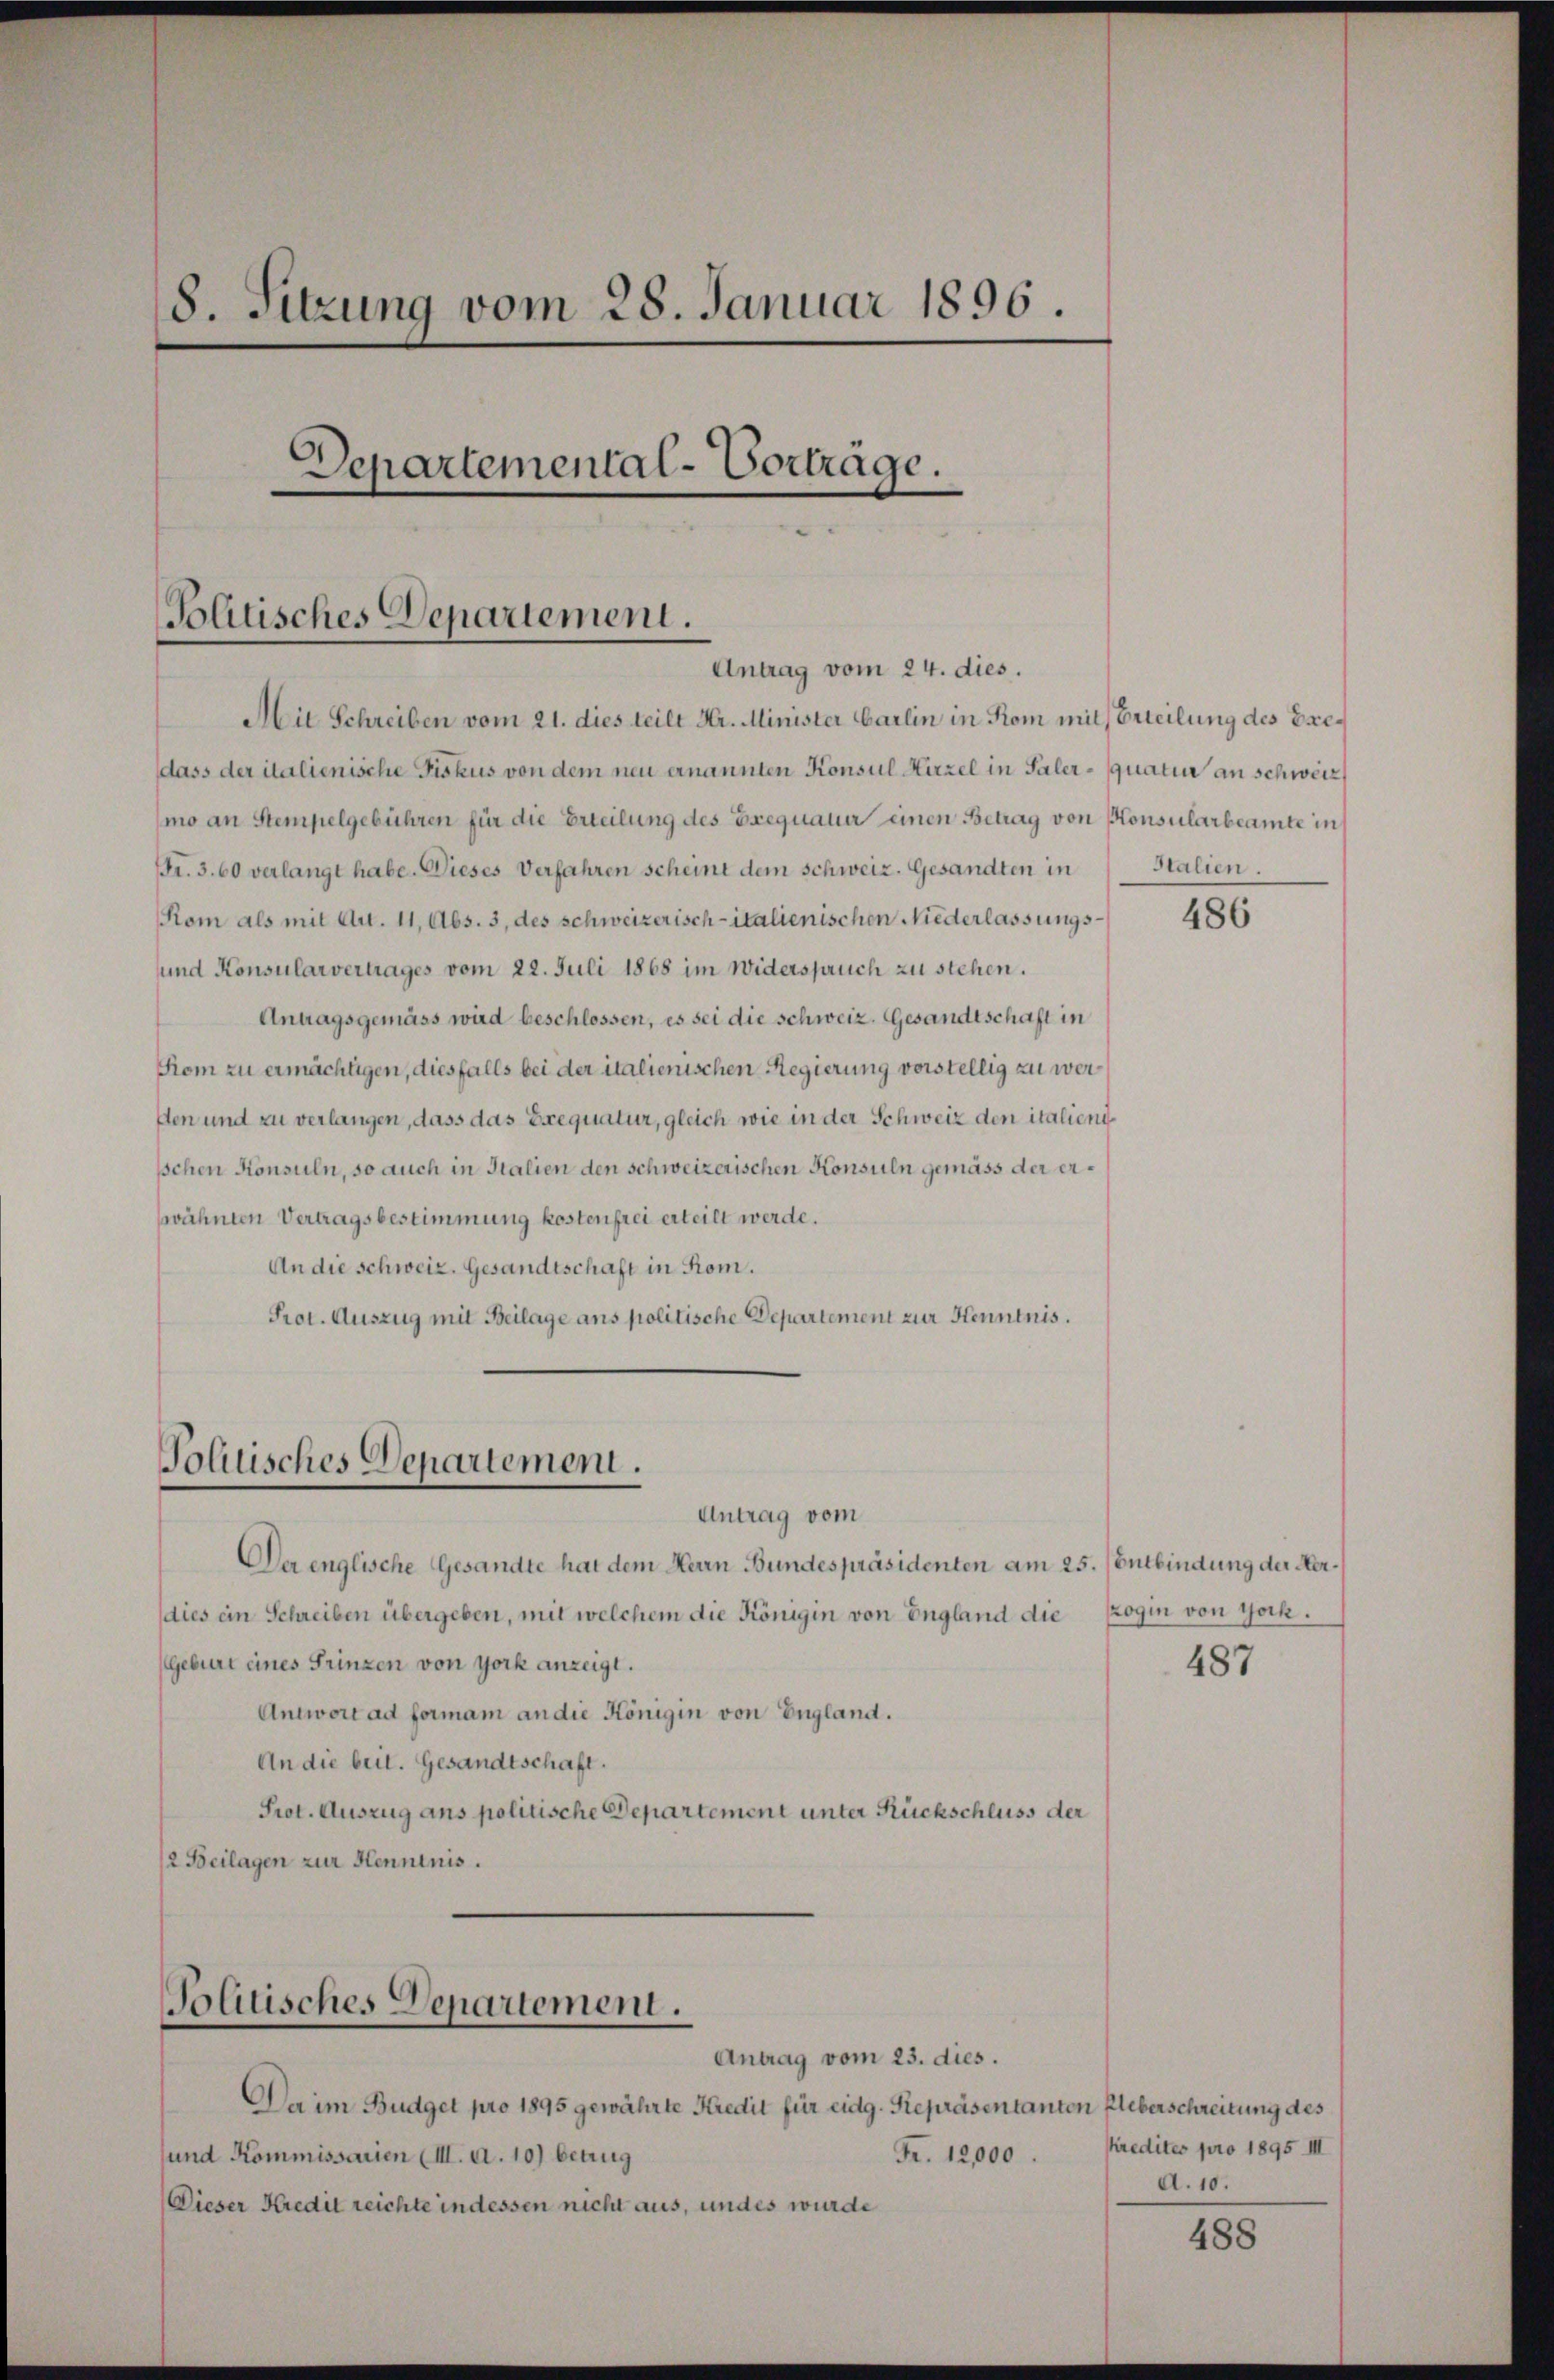
8. Sitzung vom 28. Januar 1896.
Departemental-Vorträge.

Politisches Departement.
Antrag vom 24. dies.

Mit Schreiben vom 21. dies teilt Hr. Minister Carlin in Rom mit Beteilung des Exedass der italienische Fiskus von dem neu ernannten Konsul Hirzel in Paler-quatur an schweiz
mo an Stempelgebühren für die Erteilung des Exequatur einen Betrag von Konsularbeamte in
Fr. 3. 60 verlangt habe. Dieses Verfahren scheint dem Schweiz. Gesandten in Italien.
Kom als mit Art. 11, Abs. 3, des schweizerisch-italienischen Niederlassungssund Konsularvertrages vom 22. Juli 1868 im Widerspruch zu stehen.
Antragsgemäss wird beschlossen, es sei die schweiz. Gesandtschaft in
Kom zu ermächtigen, diesfalls bei der italienischen Regierung vorstellig zu wersten und zu verlangen, dass das Exequatur, gleich wie in der Schweiz den italienipchen Konsuln, so auch in Italien den schweizerischen Konsuln gemäss der erswähnten Vertragsbestimmung kostenfrei erteilt werde.
An die Schweiz. Gesandtschaft in Rom.
Prot. Auszug mit Beilage ans politische Departement zur Henntnis

Politisches Departement.

Politisches Departement.

Antrag vom
Der englische Gesandte hat dem Herrn Bundespräsidenten am 25. (Entbindung der Herdies ein Schreiben übergeben, mit welchem die Königin von England die zogin von Yock.
Geburt eines Prinzen von York anzeigt.
Antwort ad formam an die Königin von England.
An die beit. Gesandtschaft.
Prot. Auszug ans politische Departement unter Rückschluss der
2 Beilagen zur Henninis.

Antrag vom 23. dies.
Da im Budget pro 1895 gewährte Kredit für eidg. Repräsentanten Eleberschreitung des
Fr. 12,000.
und Kommissarien (III. a. 10) betrug
Dieser Kredit reichte in dessen nicht aus, undes wurde

486

487

Predites pro 1895 III
d. 10.

488